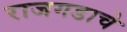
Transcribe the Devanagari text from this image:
राजगडाचे